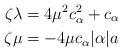
LaTeX: \begin{align*}\zeta \lambda&= 4\mu^2 c_\alpha^2 + c_\alpha \\\zeta \mu &= -4\mu c_\alpha |\alpha| a\end{align*}